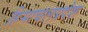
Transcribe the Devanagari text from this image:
हिमाचलप्रदेश